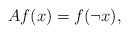
LaTeX: \begin{align*} Af(x) = f(\neg x) , \end{align*}